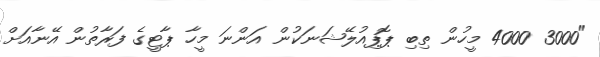
"3000 4000 މީހުން ތިބި ޕޮޕިއުލޭޝަނަކުން އަންނަ މީހާ ޕާޓީގެ ފަރާތުން އޭނާއަށް